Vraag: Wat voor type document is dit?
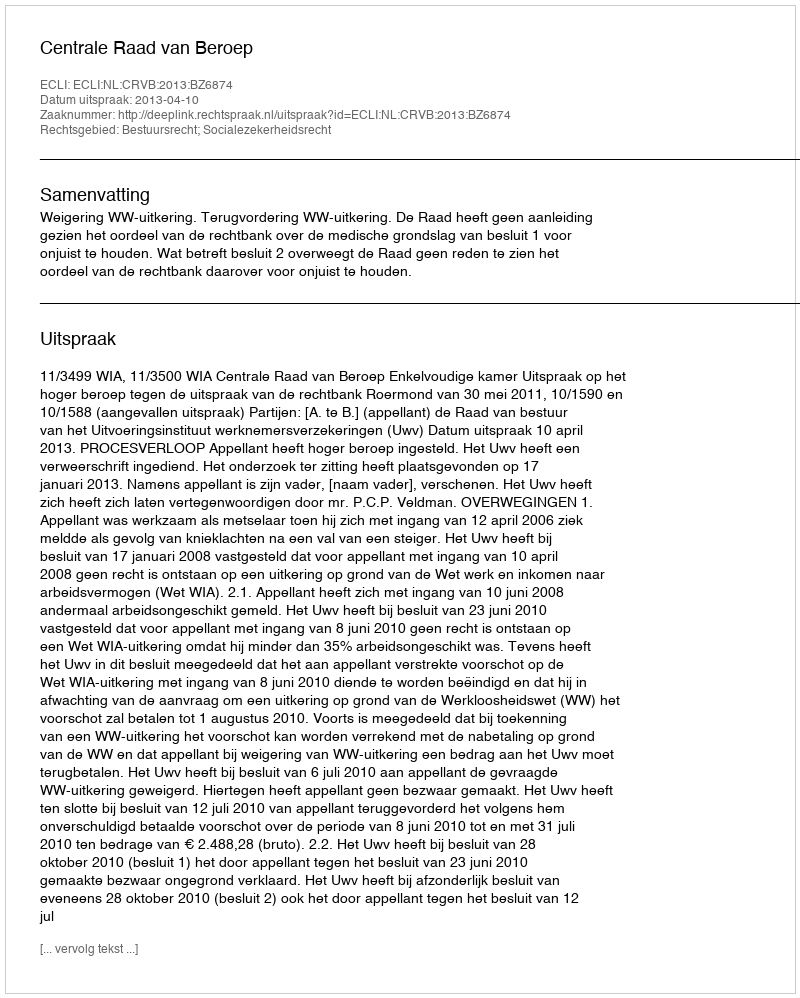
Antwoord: Uitspraak